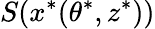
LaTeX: S(x^{*}(\theta^{*},z^{*}))